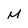
Character: M